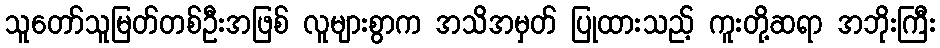
သူတော်သူမြတ်တစ်ဦးအဖြစ် လူများစွာက အသိအမှတ် ပြုထားသည့် ကူးတို့ဆရာ အဘိုးကြီး